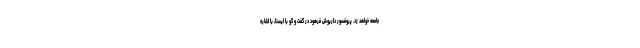
جامعه خواهد زد. پروفسور داریوش فرهود در گفت و گو با ایسنا، با اشاره